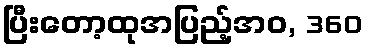
ပြီးတော့ထုအပြည့်အဝ, 360